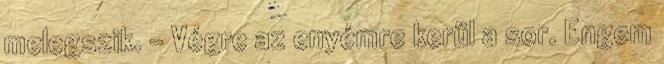
melegszik. - Végre az enyémre kerül a sor. Engem